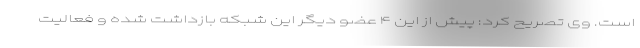
است. وی تصریح کرد: پیش از این ۴ عضو دیگر این شبکه بازداشت شده و فعالیت